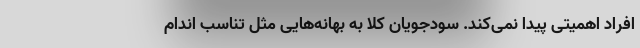
افراد اهمیتی پیدا نمی‌کند. سودجویان کلا به بهانه‌هایی مثل تناسب اندام